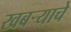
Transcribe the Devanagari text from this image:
खबर्‍याचे